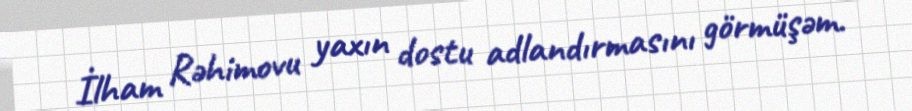
İlham Rəhimovu yaxın dostu adlandırmasını görmüşəm.